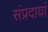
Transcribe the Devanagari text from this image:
संप्रदायां